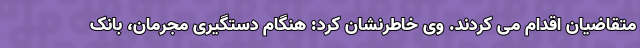
متقاضیان اقدام می کردند. وی خاطرنشان کرد: هنگام دستگیری مجرمان، بانک